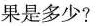
果是多少？